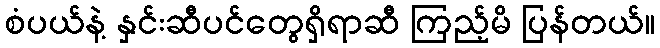
စံပယ်နဲ့ နှင်းဆီပင်တွေရှိရာဆီ ကြည့်မိ ပြန်တယ်။